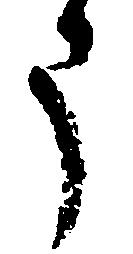
う